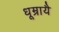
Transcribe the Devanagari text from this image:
धूम्रायै